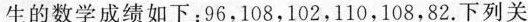
生的数学成绩如下：96，108，102，110，108，82.下列关